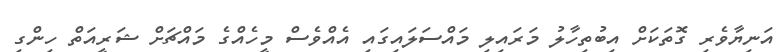
އަނިޔާވެރި ގޮތަކަށް އިބުތިހާލު މަރައިލި މައްސަލައިގައި އެއްވެސް މީހެއްގެ މައްޗަށް ޝަރީއަތް ހިންގި